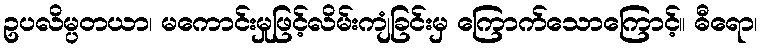
ဥပလိမ္ပတယာ၊ မကောင်းမှုဖြင့်လိမ်းကျံခြင်းမှ ကြောက်သောကြောင့်။ ဓီရော၊